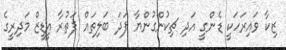
ޒިކާ ވައިރަހަކީ ޑެންގީ އަދި ޗިކުންގުންޔާ ފަދަ ބަލިތައް ފަތުރާ އީޑީޒް މަދިރީގެ